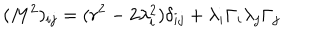
( M ^ { 2 } ) _ { i j } = ( r ^ { 2 } - 2 \lambda _ { i } ^ { 2 } ) \delta _ { i j } + \lambda _ { i } \Gamma _ { i } \lambda _ { j } \Gamma _ { j }